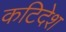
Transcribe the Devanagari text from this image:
कटिदेश